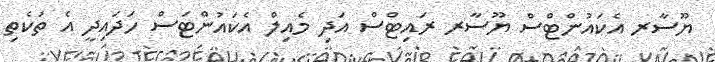
ޔޫސާރ އެކައުންޓްސް ޔޫސާރ ރައިޓްސް އަދި މެއިލް އެކައުންޓަސް ހަދައިދީ އެ ތަކެތި